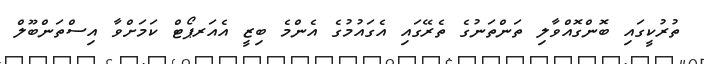
ތުރުކީގައި ބޮންގޮއްވާލި ތަންތަނުގެ ތެރޭގައި އެގައުމުގެ އެންމެ ބިޒީ އެއަރޕޯޓް ކަމަށްވާ އިސްތަންބޫލް